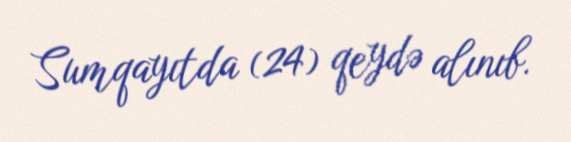
Sumqayıtda (24) qeydə alınıb.